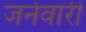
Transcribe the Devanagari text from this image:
जनेवारी